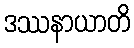
ဒဿနာယာတိ